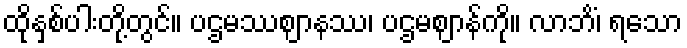
ထိုနှစ်ပါးတို့တွင်။ ပဌမဿဈာနဿ၊ ပဌမဈာန်ကို။ လာဘိံ၊ ရသော